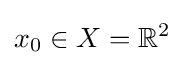
x_{0}\in X=\mathbb {R} ^{2}